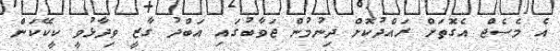
އެ މެސެޖް އެގޮތަށް ރައްދުކޮށް ދިނުމުން ޖަވާބުގައި އަބްދު ގާޒީ ވިދާޅުވީ ކީކޭކަން